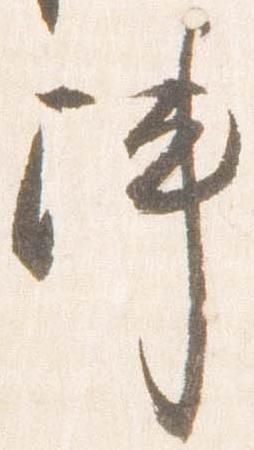
陣